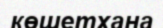
көшетхана